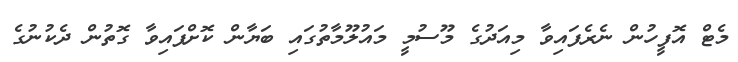
މެޓް އޮފީހުން ނެރެފައިވާ މިއަދުގެ މޫސުމީ މައުލޫމާތުގައި ބަޔާން ކޮށްފައިވާ ގޮތުން ދެކުނުގެ